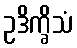
ဥဒိက္ခိသံ